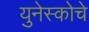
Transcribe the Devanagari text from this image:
युनेस्‍कोचे